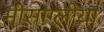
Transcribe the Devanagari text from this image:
मीसाग्लीया